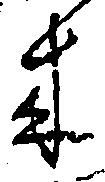
来